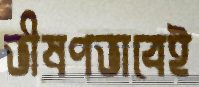
ভীষণভাবেই